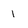
Character: 1